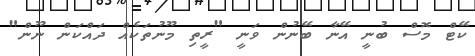
ކޭޓް މޮސް ބުނީ އޭނާ ބޭނުން ވަނީ "ރީތި މޫނުތަކެއް ދައްކަން ނޫން"